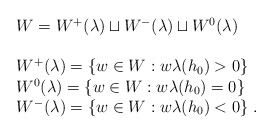
\begin{align*}\begin{array}{l}W=W^+(\lambda)\sqcup W^-(\lambda)\sqcup W^0(\lambda) \\\;\\W^{+}(\lambda)=\{w\in W: w\lambda(h_0)>0 \} \\W^{0}(\lambda)=\{w\in W: w\lambda(h_0)=0 \} \\W^{-}(\lambda)=\{w\in W: w\lambda(h_0)<0 \} \;.\\\end{array}\end{align*}